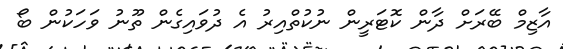
އާޒިމް ބޭރަށް ދާން ކޮޓަރީން ނުކުތްއިރު އެ ދުވައިގެން ތޫނު ވަހަކުން ބޯ